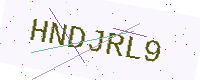
Text: HNDJRL9